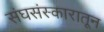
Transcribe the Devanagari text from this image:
संघसंस्कारातून